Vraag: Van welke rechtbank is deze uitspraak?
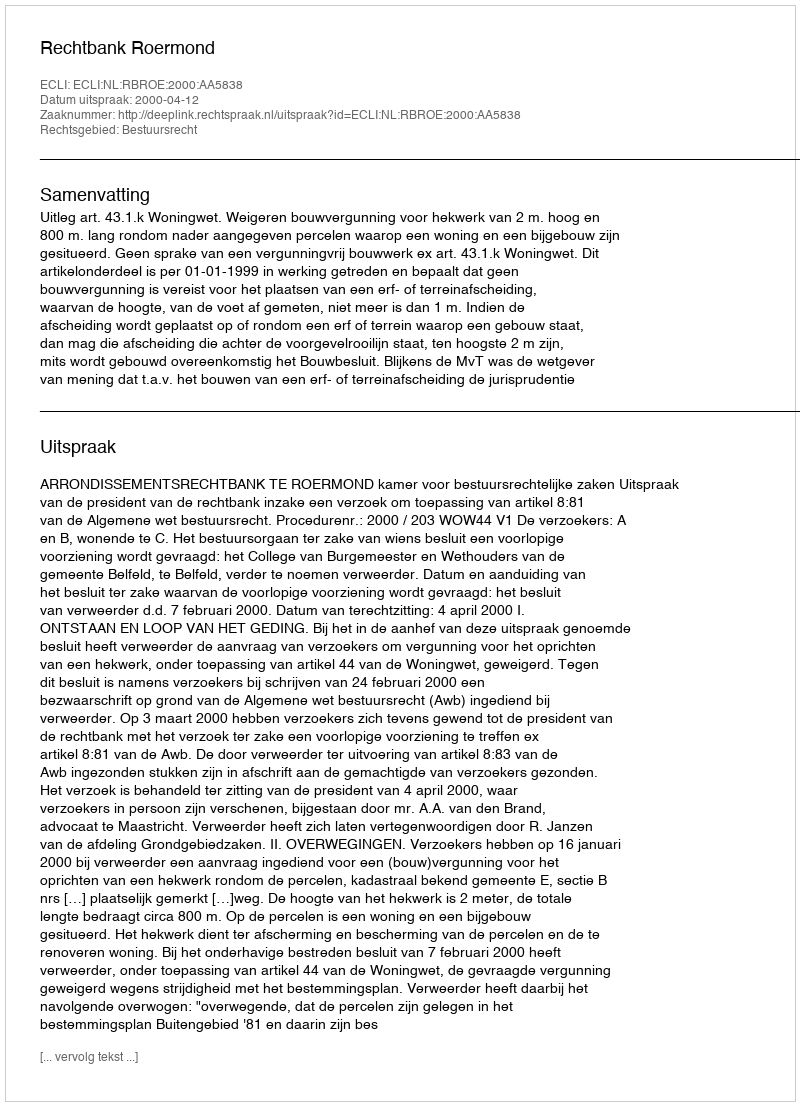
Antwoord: Rechtbank Roermond